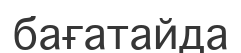
бағатайда